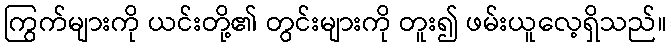
ကြွက်များကို ယင်းတို့၏ တွင်းများကို တူး၍ ဖမ်းယူလေ့ရှိသည်။